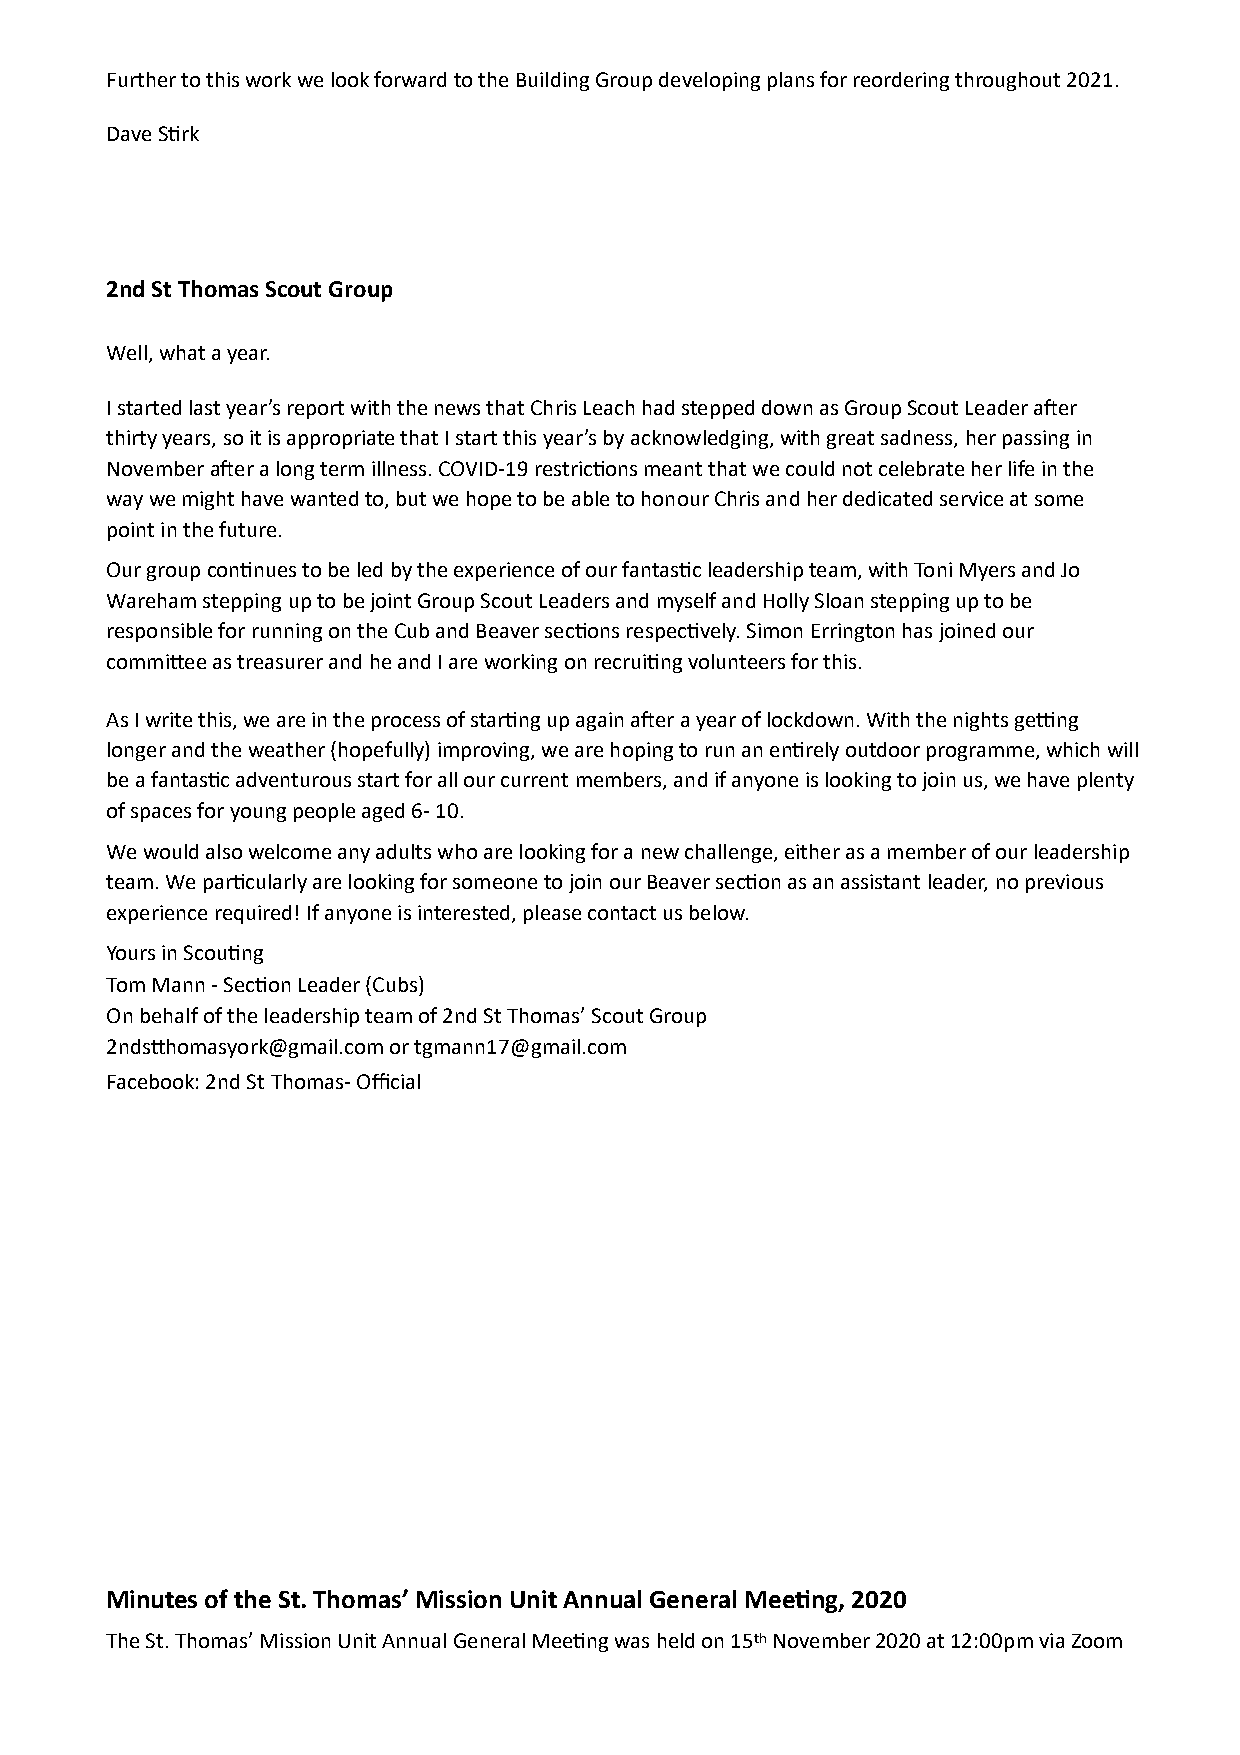
Further to this work we look forward to the Building Group developing plans for reordering throughout 2021.
 Dave SYrk
 2nd St Thomas Scout Group
 Well, what a year.
 I started last year’s report with the news that Chris Leach had stepped down as Group Scout Leader aAer
 thirty years, so it is appropriate that I start this year’s by acknowledging, with great sadness, her passing in
 November aAer a long term illness. COVID-19 restricYons meant that we could not celebrate her life in the
 way we might have wanted to, but we hope to be able to honour Chris and her dedicated service at some
 point in the future.
 Our group conYnues to be led by the experience of our fantasYc leadership team, with Toni Myers and Jo
 Wareham stepping up to be joint Group Scout Leaders and myself and Holly Sloan stepping up to be
 responsible for running on the Cub and Beaver secYons respecYvely. Simon Errington has joined our
 commi]ee as treasurer and he and I are working on recruiYng volunteers for this.
 As I write this, we are in the process of starYng up again aAer a year of lockdown. With the nights gevng
 longer and the weather (hopefully) improving, we are hoping to run an enYrely outdoor programme, which will
 be a fantasYc adventurous start for all our current members, and if anyone is looking to join us, we have plenty
 of spaces for young people aged 6- 10.
 We would also welcome any adults who are looking for a new challenge, either as a member of our leadership
 team. We parYcularly are looking for someone to join our Beaver secYon as an assistant leader, no previous
 experience required! If anyone is interested, please contact us below.
 Yours in ScouYng
 Tom Mann - SecYon Leader (Cubs)
 On behalf of the leadership team of 2nd St Thomas’ Scout Group
 2nds]homasyork@gmail.com or tgmann17@gmail.com
 Facebook: 2nd St Thomas- Official
 Minutes of the St. Thomas’ Mission Unit Annual General MeeRng, 2020
 The St. Thomas’ Mission Unit Annual General MeeYng was held on 15th November 2020 at 12:00pm via Zoom